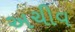
અચીવ